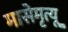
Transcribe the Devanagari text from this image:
मासेमृत्यू